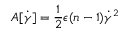
A [ \dot { \gamma } ] = \frac { 1 } { 2 } \epsilon ( n - 1 ) \dot { \gamma } ^ { 2 }